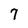
Character: 7